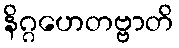
နိဂ္ဂဟေတဗ္ဗာတိ